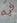
فيهموضوع